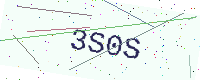
Text: 3S0S